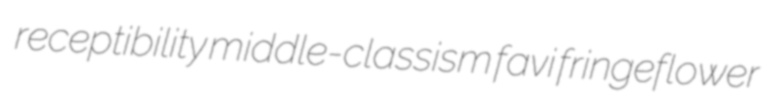
receptibility middle-classism favi fringeflower